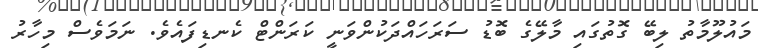
މައުލޫމާތު ލިބޭ ގޮތުގައި މާލޭގެ ބޮޑު ސަރަހައްދަކުންވަނީ ކަރަންޓް ކެނޑިފައެވެ. ނަމަވެސް މިހާރު